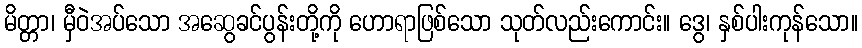
မိတ္တာ၊ မှီဝဲအပ်သော အဆွေခင်ပွန်းတို့ကို ဟောရာဖြစ်သော သုတ်လည်းကောင်း။ ဒွေ၊ နှစ်ပါးကုန်သော။